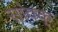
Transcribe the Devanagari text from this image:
सांवक्